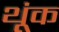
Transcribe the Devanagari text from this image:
थूंक